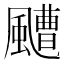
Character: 𩘳